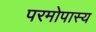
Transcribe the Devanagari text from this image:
परमोपास्य